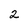
Character: 2